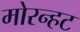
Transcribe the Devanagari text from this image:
मोरन्हट